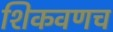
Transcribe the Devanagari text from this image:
शिकवणच